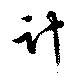
計